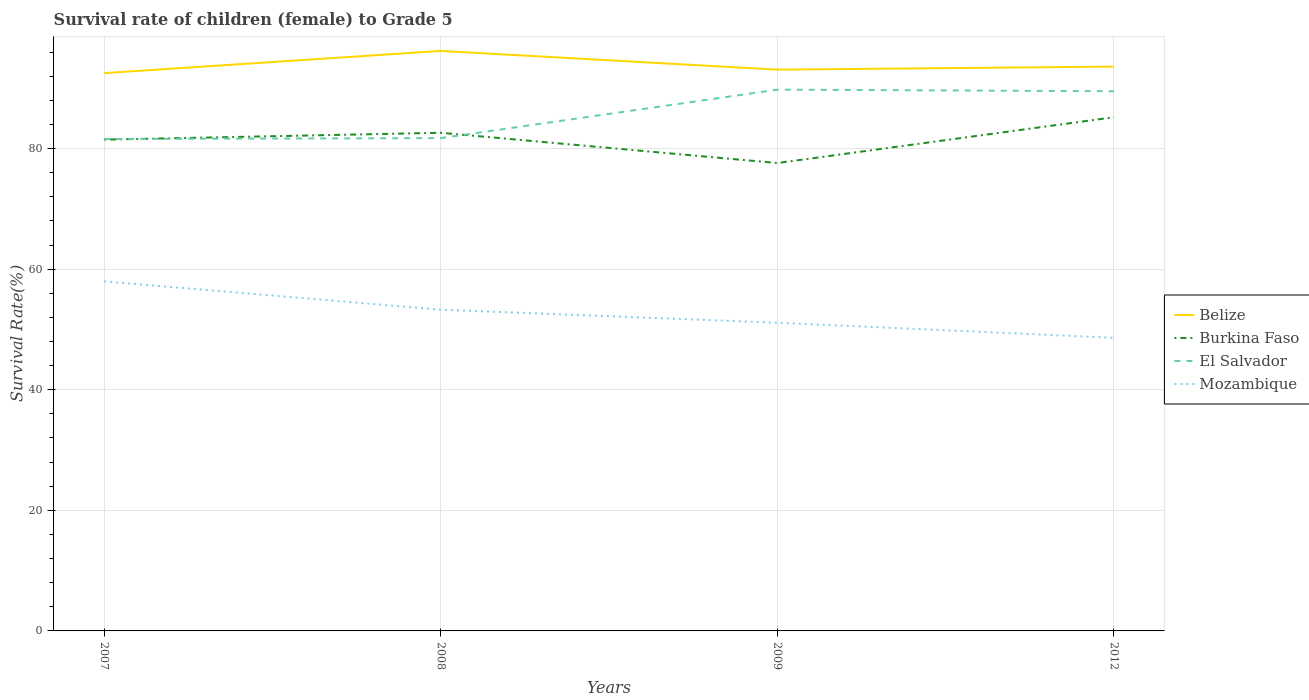
| Years | Belize | Burkina Faso | El Salvador | Mozambique |
 | --- | --- | --- | --- | --- |
 | 2007 | 92.5 | 81.5 | 81.6 | 58 |
 | 2008 | 96.2 | 82.6 | 81.7 | 53.3 |
 | 2009 | 93.1 | 77.6 | 89.8 | 51.1 |
 | 2012 | 93.6 | 85.2 | 89.5 | 48.6 |